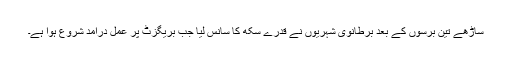
ساڑھے تین برسوں کے بعد برطانوی شہریوں نے قدرے سُکھ کا سانس لیا جب بریگزٹ پر عمل درآمد شروع ہوا ہے۔